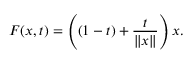
F ( x , t ) = \left( ( 1 - t ) + { \frac { t } { \| x \| } } \right) x .